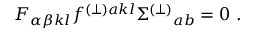
F _ { \alpha \beta k l } f ^ { ( \perp ) a k l } \Sigma ^ { ( \perp ) } { } _ { a b } = 0 \ .